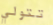
تتولي